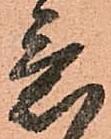
意